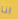
انا